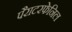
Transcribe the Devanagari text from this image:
पैराटरफेनिल